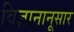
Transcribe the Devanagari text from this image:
विज्ञानानूसार